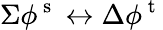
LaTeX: \Sigma\phi^{\mathrm{~s~}}\leftrightarrow\Delta\phi^{\mathrm{~t~}}